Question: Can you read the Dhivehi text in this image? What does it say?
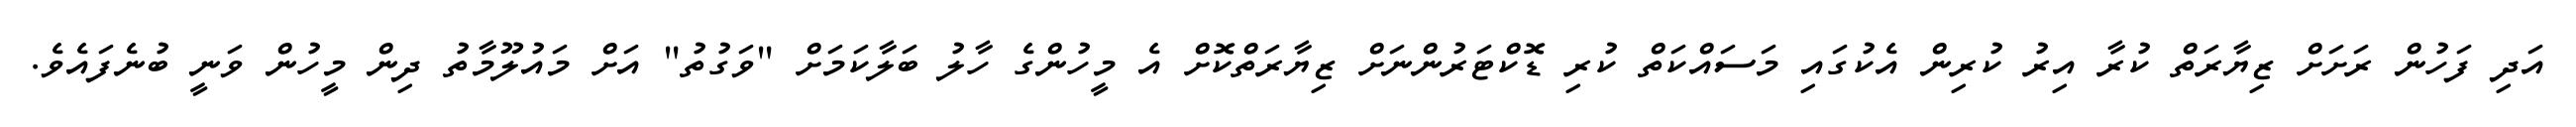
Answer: އަދި ފަހުން ރަށަށް ޒިޔާރަތް ކުރާ އިރު ކުރިން އެކުގައި މަސައްކަތް ކުރި ޑޮކްޓަރުންނަށް ޒިޔާރަތްކޮށް އެ މީހުންގެ ހާލު ބަލާކަމަށް "ވަގުތު" އަށް މައުލޫމާތު ދިން މީހުން ވަނީ ބުނެފައެވެ.